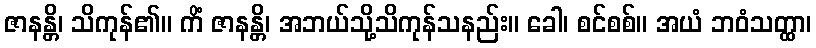
ဇာနန္တိ၊ သိကုန်၏။ ကိံ ဇာနန္တိ၊ အဘယ်သို့သိကုန်သနည်း။ ခေါ၊ စင်စစ်။ အယံ ဘဝံသတ္ထာ၊